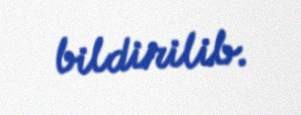
bildirilib.